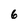
Character: 6